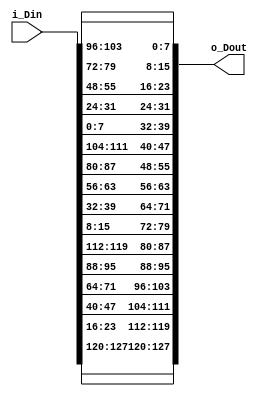
`timescale 1ns / 1ps
//////////////////////////////////////////////////////////////////////////////////
// Company: 
// Engineer: 
// 
// Design Name: 
// Module Name: shiftRaw_ins
// Project Name: 
// Target Devices: 
// Tool Versions: 
// Description: 
// 
// Dependencies: 
// 
// Revision:
// Revision 0.01 - File Created
// Additional Comments:
// 
//////////////////////////////////////////////////////////////////////////////////


module shiftRaw_ins(
input  [127:0] i_Din, // Data input to be transformed
output [127:0] o_Dout
	);
assign o_Dout[007:000] = i_Din[103:096];
assign o_Dout[015:008] = i_Din[079:072];
assign o_Dout[023:016] = i_Din[055:048];
assign o_Dout[031:024] = i_Din[031:024];
assign o_Dout[039:032] = i_Din[007:000];
assign o_Dout[047:040] = i_Din[111:104];
assign o_Dout[055:048] = i_Din[087:080];
assign o_Dout[063:056] = i_Din[063:056];
assign o_Dout[071:064] = i_Din[039:032];
assign o_Dout[079:072] = i_Din[015:008];
assign o_Dout[087:080] = i_Din[119:112];
assign o_Dout[095:088] = i_Din[095:088];
assign o_Dout[103:096] = i_Din[071:064];
assign o_Dout[111:104] = i_Din[047:040];
assign o_Dout[119:112] = i_Din[023:016];
assign o_Dout[127:120] = i_Din[127:120];
endmodule